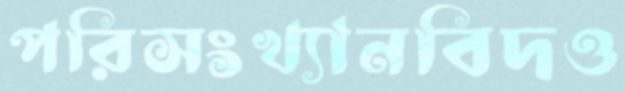
পরিসংখ্যানবিদও